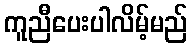
ကူညီပေးပါလိမ့်မည်